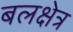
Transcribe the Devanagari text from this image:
बलक्षेत्र